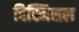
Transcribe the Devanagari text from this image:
दिस्मिसल